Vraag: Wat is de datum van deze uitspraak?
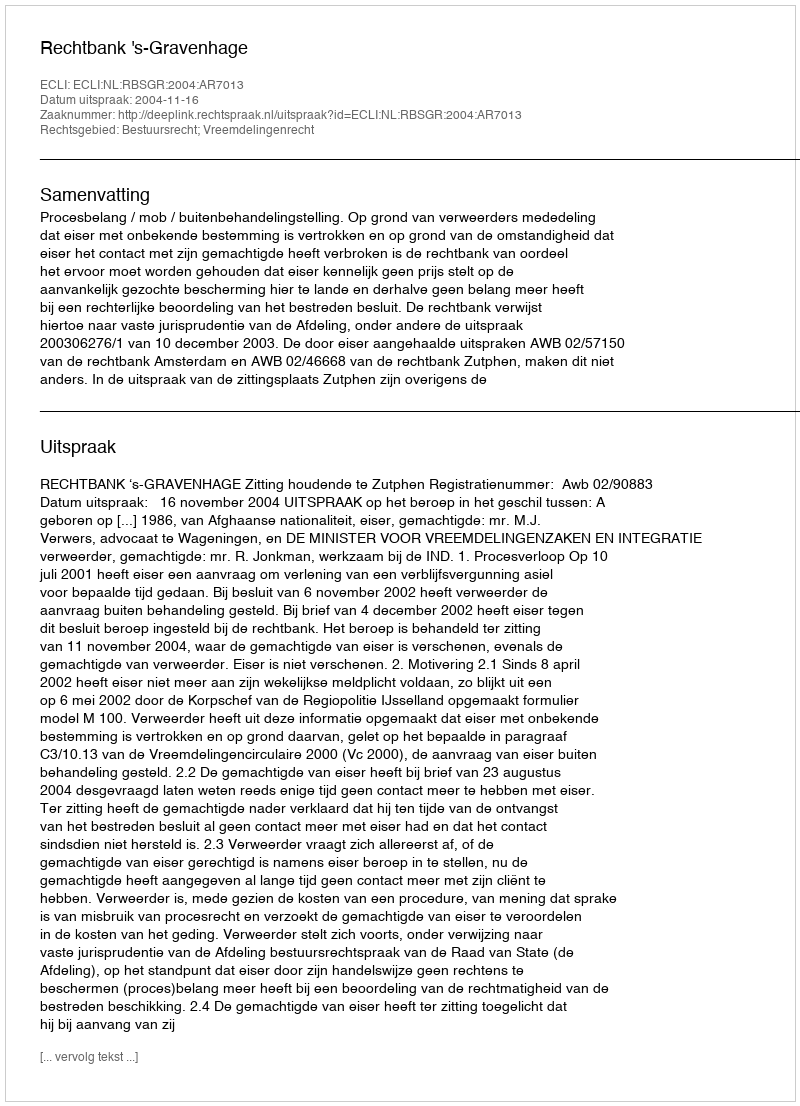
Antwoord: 2004-11-16